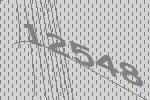
12548